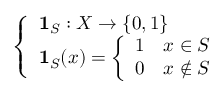
\left\{ \begin{array} { l l } { \mathbf { 1 } _ { S } : X \to \{ 0 , 1 \} } \\ { \mathbf { 1 } _ { S } ( x ) = { \left\{ \begin{array} { l l } { 1 } & { x \in S } \\ { 0 } & { x \notin S } \end{array} \right. } } \end{array} \right.